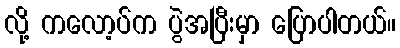
လို့ ကလော့ပ်က ပွဲအပြီးမှာ ပြောပါတယ်။